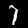
Digit: 7